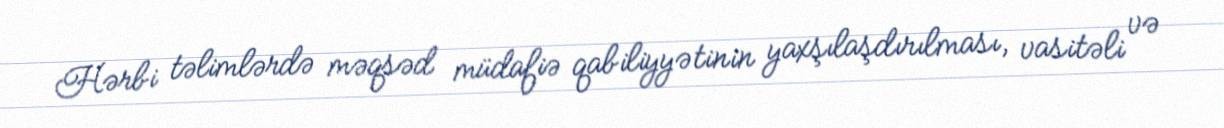
Hərbi təlimlərdə məqsəd müdafiə qabiliyyətinin yaxşılaşdırılması, vasitəli və